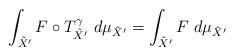
LaTeX: \begin{align*}\int_{\tilde X'} F \circ T^\gamma_{\tilde X'}\ d\mu_{\tilde X'} =\int_{\tilde X'} F \ d \mu_{\tilde X'}\end{align*}